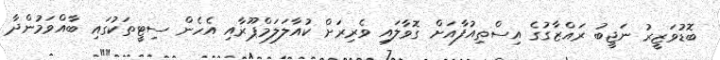
ބޮޑުވަޒީރު ނަޖީބު ރައްޒާގުގެ އިސްތިއުފާއަށް ގޮވާލައި ވެރިރަށް ކުއާލަލަމްޕޫރާއި އެހެން ސިޓީތަކުގައި ބާއްވަމުންދާ